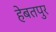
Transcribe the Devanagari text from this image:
हेबतपुर